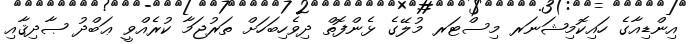
އިންޑިއާގެ ހައިކޮމިޝަނަރ މިސްޓަރ މުލޭގެ ޅެންފޮތް ދިވެހިބަހަށް ތަރުޖަމާ ކުރެއްވީ ޢަބްދު ޞާދިޤާއި